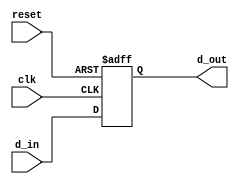
/************************************************************************
 *
 * Random utility modules.
 *
 * Micah Dowty <micah@navi.cx>
 *
 ************************************************************************/


module d_flipflop(clk, reset, d_in, d_out);
   input clk, reset, d_in;
   output d_out;

   reg    d_out;

   always @(posedge clk or posedge reset)
     if (reset) begin
         d_out   <= 0;
     end
     else begin
         d_out   <= d_in;
     end
endmodule


module d_flipflop_pair(clk, reset, d_in, d_out);
   input  clk, reset, d_in;
   output d_out;
   wire   intermediate;

   d_flipflop dff1(clk, reset, d_in, intermediate);
   d_flipflop dff2(clk, reset, intermediate, d_out);
endmodule


/*
 * A set/reset flipflop which is set on sync_set and reset by sync_reset.
 */
module set_reset_flipflop(clk, reset, sync_set, sync_reset, out);
   input clk, reset, sync_set, sync_reset;
   output out;
   reg    out;

   always @(posedge clk or posedge reset)
     if (reset)
       out   <= 0;
     else if (sync_set)
       out   <= 1;
     else if (sync_reset)
       out   <= 0;
endmodule


/*
 * Pulse stretcher.
 *
 * When the input goes high, the output goes high
 * for as long as the input is high, or as long as
 * it takes our timer to roll over- whichever is
 * longer.
 */
module pulse_stretcher(clk, reset, in, out);
   parameter BITS = 20;

   input  clk, reset, in;
   output out;
   reg    out;

   reg [BITS-1:0] counter;

   always @(posedge clk or posedge reset)
     if (reset) begin
        out <= 0;
        counter <= 0;
     end
     else if (counter == 0) begin
        out <= in;
        counter <= in ? 1 : 0;
     end
     else if (&counter) begin
        if (in) begin
           out <= 1;
        end
        else begin
           out <= 0;
           counter <= 0;
        end
     end
     else begin
        out <= 1;
        counter <= counter + 1;
     end
endmodule